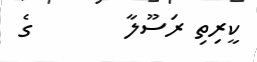
ކީރިތި ރަސޫލާ        ގެ